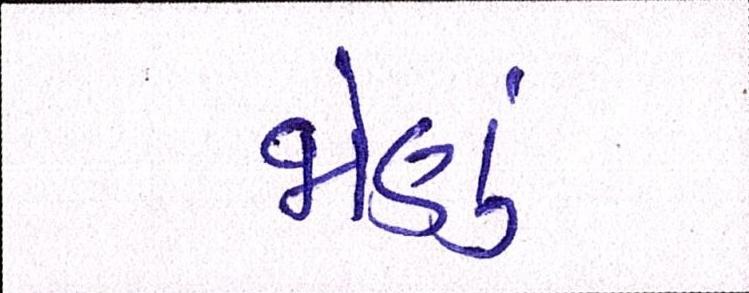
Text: જોણું